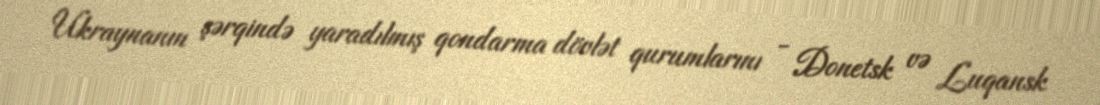
Ukraynanın şərqində yaradılmış qondarma dövlət qurumlarını - Donetsk və Luqansk